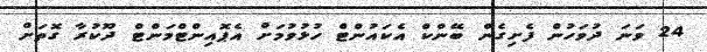
24 ވަނަ ދުވަހުން ފެށިގެން ބޭންކް އެކައުންޓް ހުޅުވުމަށް އެޕޮއިންޓްމަންޓް ދޫކުރާ ގޮތަށް